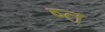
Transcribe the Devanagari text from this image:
ष्त